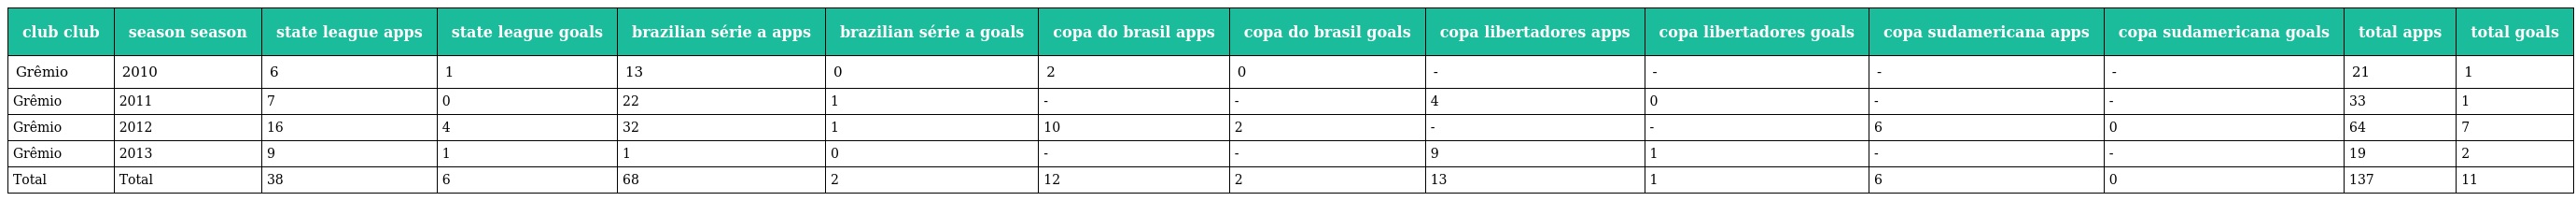
| club club | season season | state league apps | state league goals | brazilian série a apps | brazilian série a goals | copa do brasil apps | copa do brasil goals | copa libertadores apps | copa libertadores goals | copa sudamericana apps | copa sudamericana goals | total apps | total goals |
 | --- | --- | --- | --- | --- | --- | --- | --- | --- | --- | --- | --- | --- | --- |
 | Grêmio | 2010 | 6 | 1 | 13 | 0 | 2 | 0 | - | - | - | - | 21 | 1 |
 | Grêmio | 2011 | 7 | 0 | 22 | 1 | - | - | 4 | 0 | - | - | 33 | 1 |
 | Grêmio | 2012 | 16 | 4 | 32 | 1 | 10 | 2 | - | - | 6 | 0 | 64 | 7 |
 | Grêmio | 2013 | 9 | 1 | 1 | 0 | - | - | 9 | 1 | - | - | 19 | 2 |
 | Total | Total | 38 | 6 | 68 | 2 | 12 | 2 | 13 | 1 | 6 | 0 | 137 | 11 |